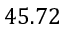
4 5 . 7 2